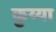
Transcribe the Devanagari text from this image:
कुय्या